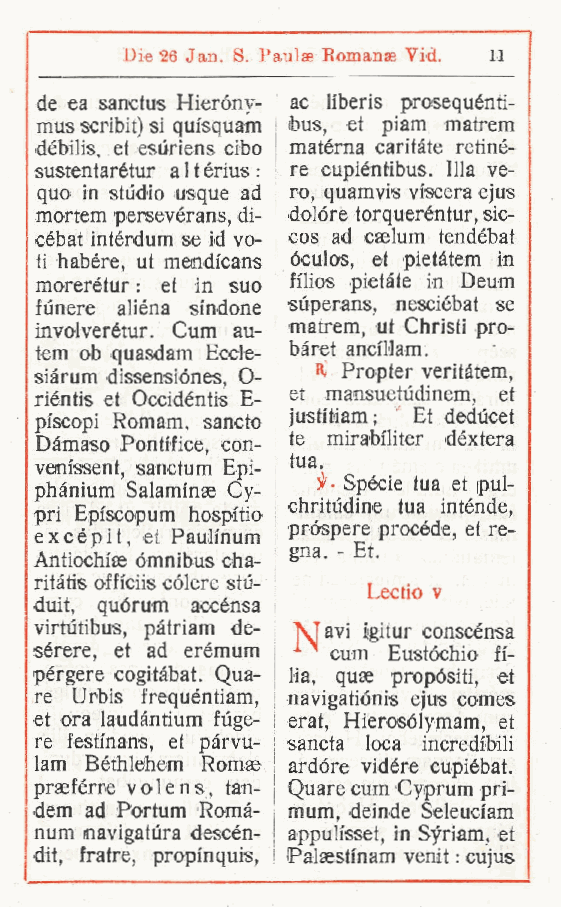
Die 26 Jan. 8. Paul» Romanae Vid. 11
 ,
 de ea sanctus Hieróny- ac liberis prosequénti-
 mus scribit) si quisquam bus, et piam matrem
 débilis. et esiiriens cibo matèrna carifàte retiné-
 sustentarétur a 11 érius : re cupièntibus. Illa ve-
 quo in studio usque ad ro, quamvis viscera ejus
 mortem persevérans di- dolóre torquerèntur, sic-
 ,
 cébat intérdum se id vo- cos ad cseium tendèbat
 ti habére, ut mendicans óculos, et pietàtem in
 morerétur : et in suo filios pietàte in Deum
 funere alièna sindone sùperans, nescièbat se
 involverétur. Cum au- matrem ut Christi pro-
 ,
 tem ob quasdam Eccle- bàret andllam.
 siàrum dissensiónes O- R. Propter veritàtem
 riéntis et Occidéntis, E- et mansuetudinem e, t
 ,
 pi'scopi Romam, sancto justfìam ; Et deducet
 Dàmaso Pontrfice con- te mirabiliter dèxtera
 venissent, sanctum, Epi- tua.
 Spècie tua et pul-
 phànium Salammse Cy-
 chritùdine tua intènde,
 pri Episcopum hospi'tio
 pròspere procède, et re-
 excépit, et Paulinum
 gna. - Et.
 Antiochiae òmnibus cha-
 ritàtis officiis còlere stu-
 Lectio v
 duit, quòrum accénsa
 virtutibus, pàtriam de- "Mavì l'gitur conscénsa
 sérere, et ad erémum A~ cum Eustòchio fi-
 pòrgere cogitàbat. Qua- lia, quas propòsiti et
 ,
 re Urbis frequéntiam navigatiònis ejus comes
 ,
 et ora laudàntium fuge- erat, Hierosòlymam et
 ,
 re festinans, et pàrvu- sancta loca incredibili
 lam Béthlehem Romae ardóre vidére cupiébat.
 praeférre volens, tan- Quare cum Cyprum pri-
 dem ad Portum Romà- mum, deinde Seleuciam
 num navigatùra descén- I appuh'sset in Syriam, et
 ,
 dit, fratre, propinquis, 1 Palsestmam venit : cujus
 t